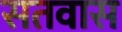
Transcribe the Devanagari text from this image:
सतवास